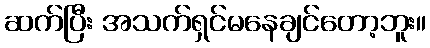
ဆက်ပြီး အသက်ရှင်မနေချင်တော့ဘူး။